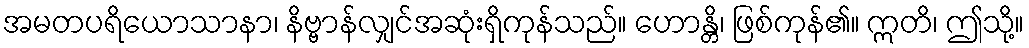
အမတပရိယောသာနာ၊ နိဗ္ဗာန်လျှင်အဆုံးရှိကုန်သည်။ ဟောန္တိ၊ ဖြစ်ကုန်၏။ ဣတိ၊ ဤသို့။